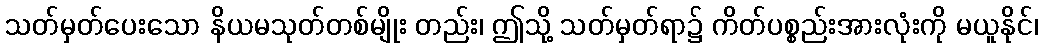
သတ်မှတ်ပေးသော နိယမသုတ်တစ်မျိုး တည်း၊ ဤသို့ သတ်မှတ်ရာ၌ ကိတ်ပစ္စည်းအားလုံးကို မယူနိုင်၊